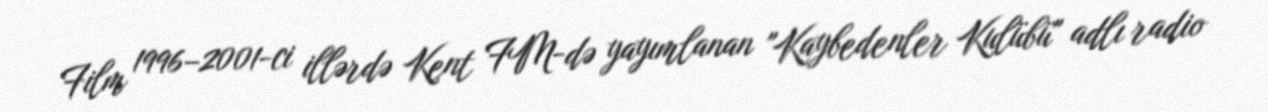
Film 1996–2001-ci illərdə Kent FM-də yayımlanan "Kaybedenler Kulübü" adlı radio